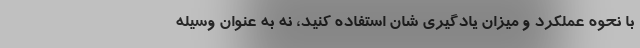
با نحوه عملکرد و میزان یادگیری شان استفاده کنید، نه به عنوان وسیله